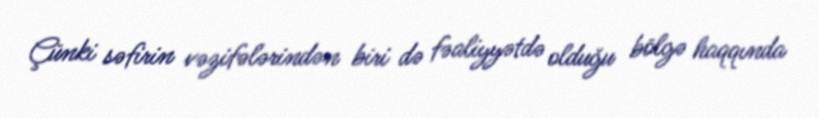
Çünki səfirin vəzifələrindən biri də fəaliyyətdə olduğu bölgə haqqında